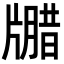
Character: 𪺦